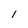
Character: 1